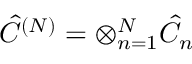
\hat { C } ^ { ( N ) } = \otimes _ { n = 1 } ^ { N } \hat { C } _ { n }